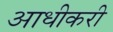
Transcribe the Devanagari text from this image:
आधीकरी